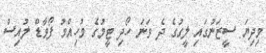
މިދިޔަ ސީޒަނުގައި ލީގުގެ ދެ ވަނަ ހޯދި ޓީމުގެ މުހިއްމު ފޯވާޑް ލުއިސް